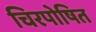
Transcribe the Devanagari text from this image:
चिरपोषित